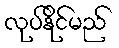
လုပ်နိုင်မည်